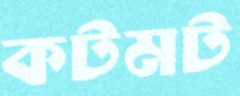
কটমট